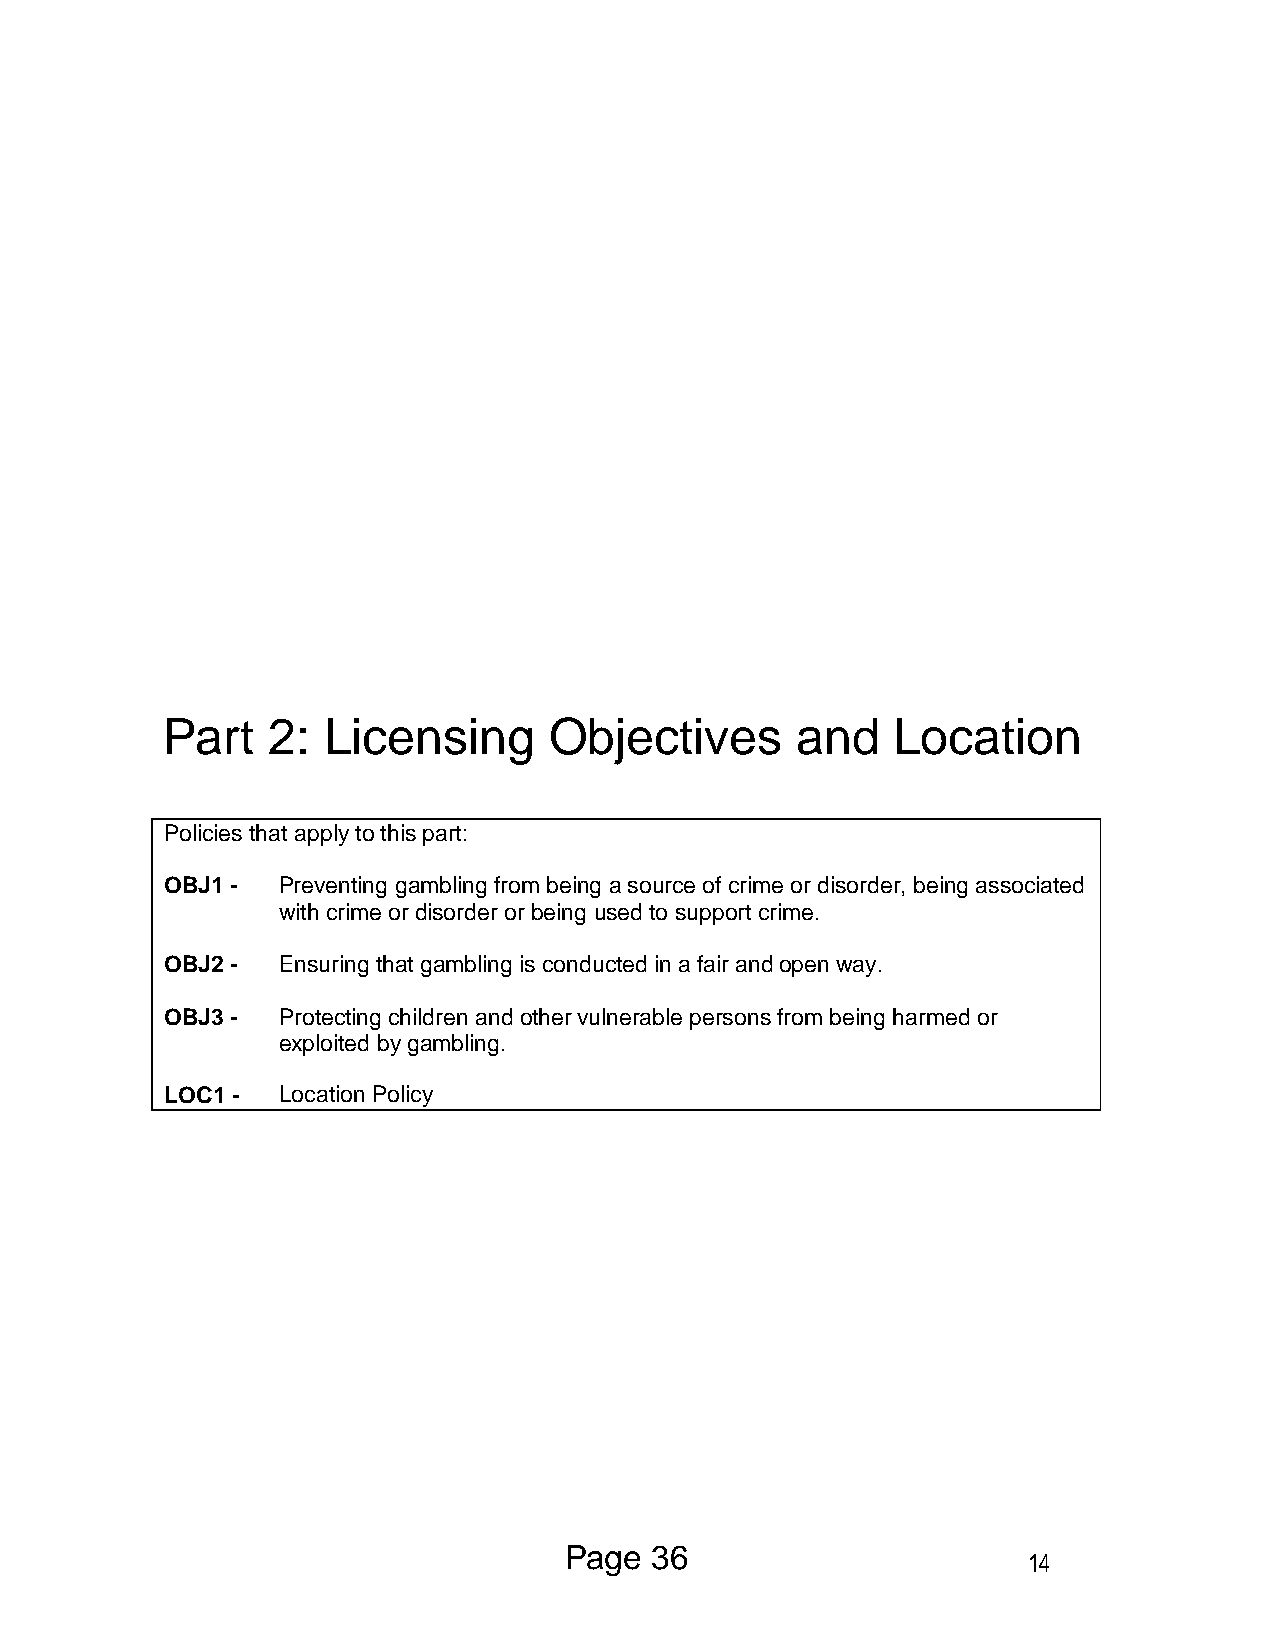
Part   2: Licensing      Objectives       and   Location
 Policies that apply to this part:
 OBJ1 - Preventing gambling from being a source of crime or disorder, being associated
 with crime or disorder or being used to support crime.
 OBJ2 - Ensuring that gambling is conducted in a fair and open way.
 OBJ3 - Protecting children and other vulnerable persons from being harmed or
 exploited by gambling.
 LOC1 - Location Policy
 Page  36
 14